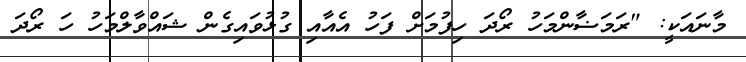
މާނައަކީ: "ރަމަޟާންމަހު ރޯދަ ހިފުމަށް ފަހު އެއާއި ގުޅުވައިގެން ޝައްވާލްމަހު ހަ ރޯދަ